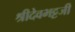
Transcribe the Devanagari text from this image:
श्रीदेवभट्टजी